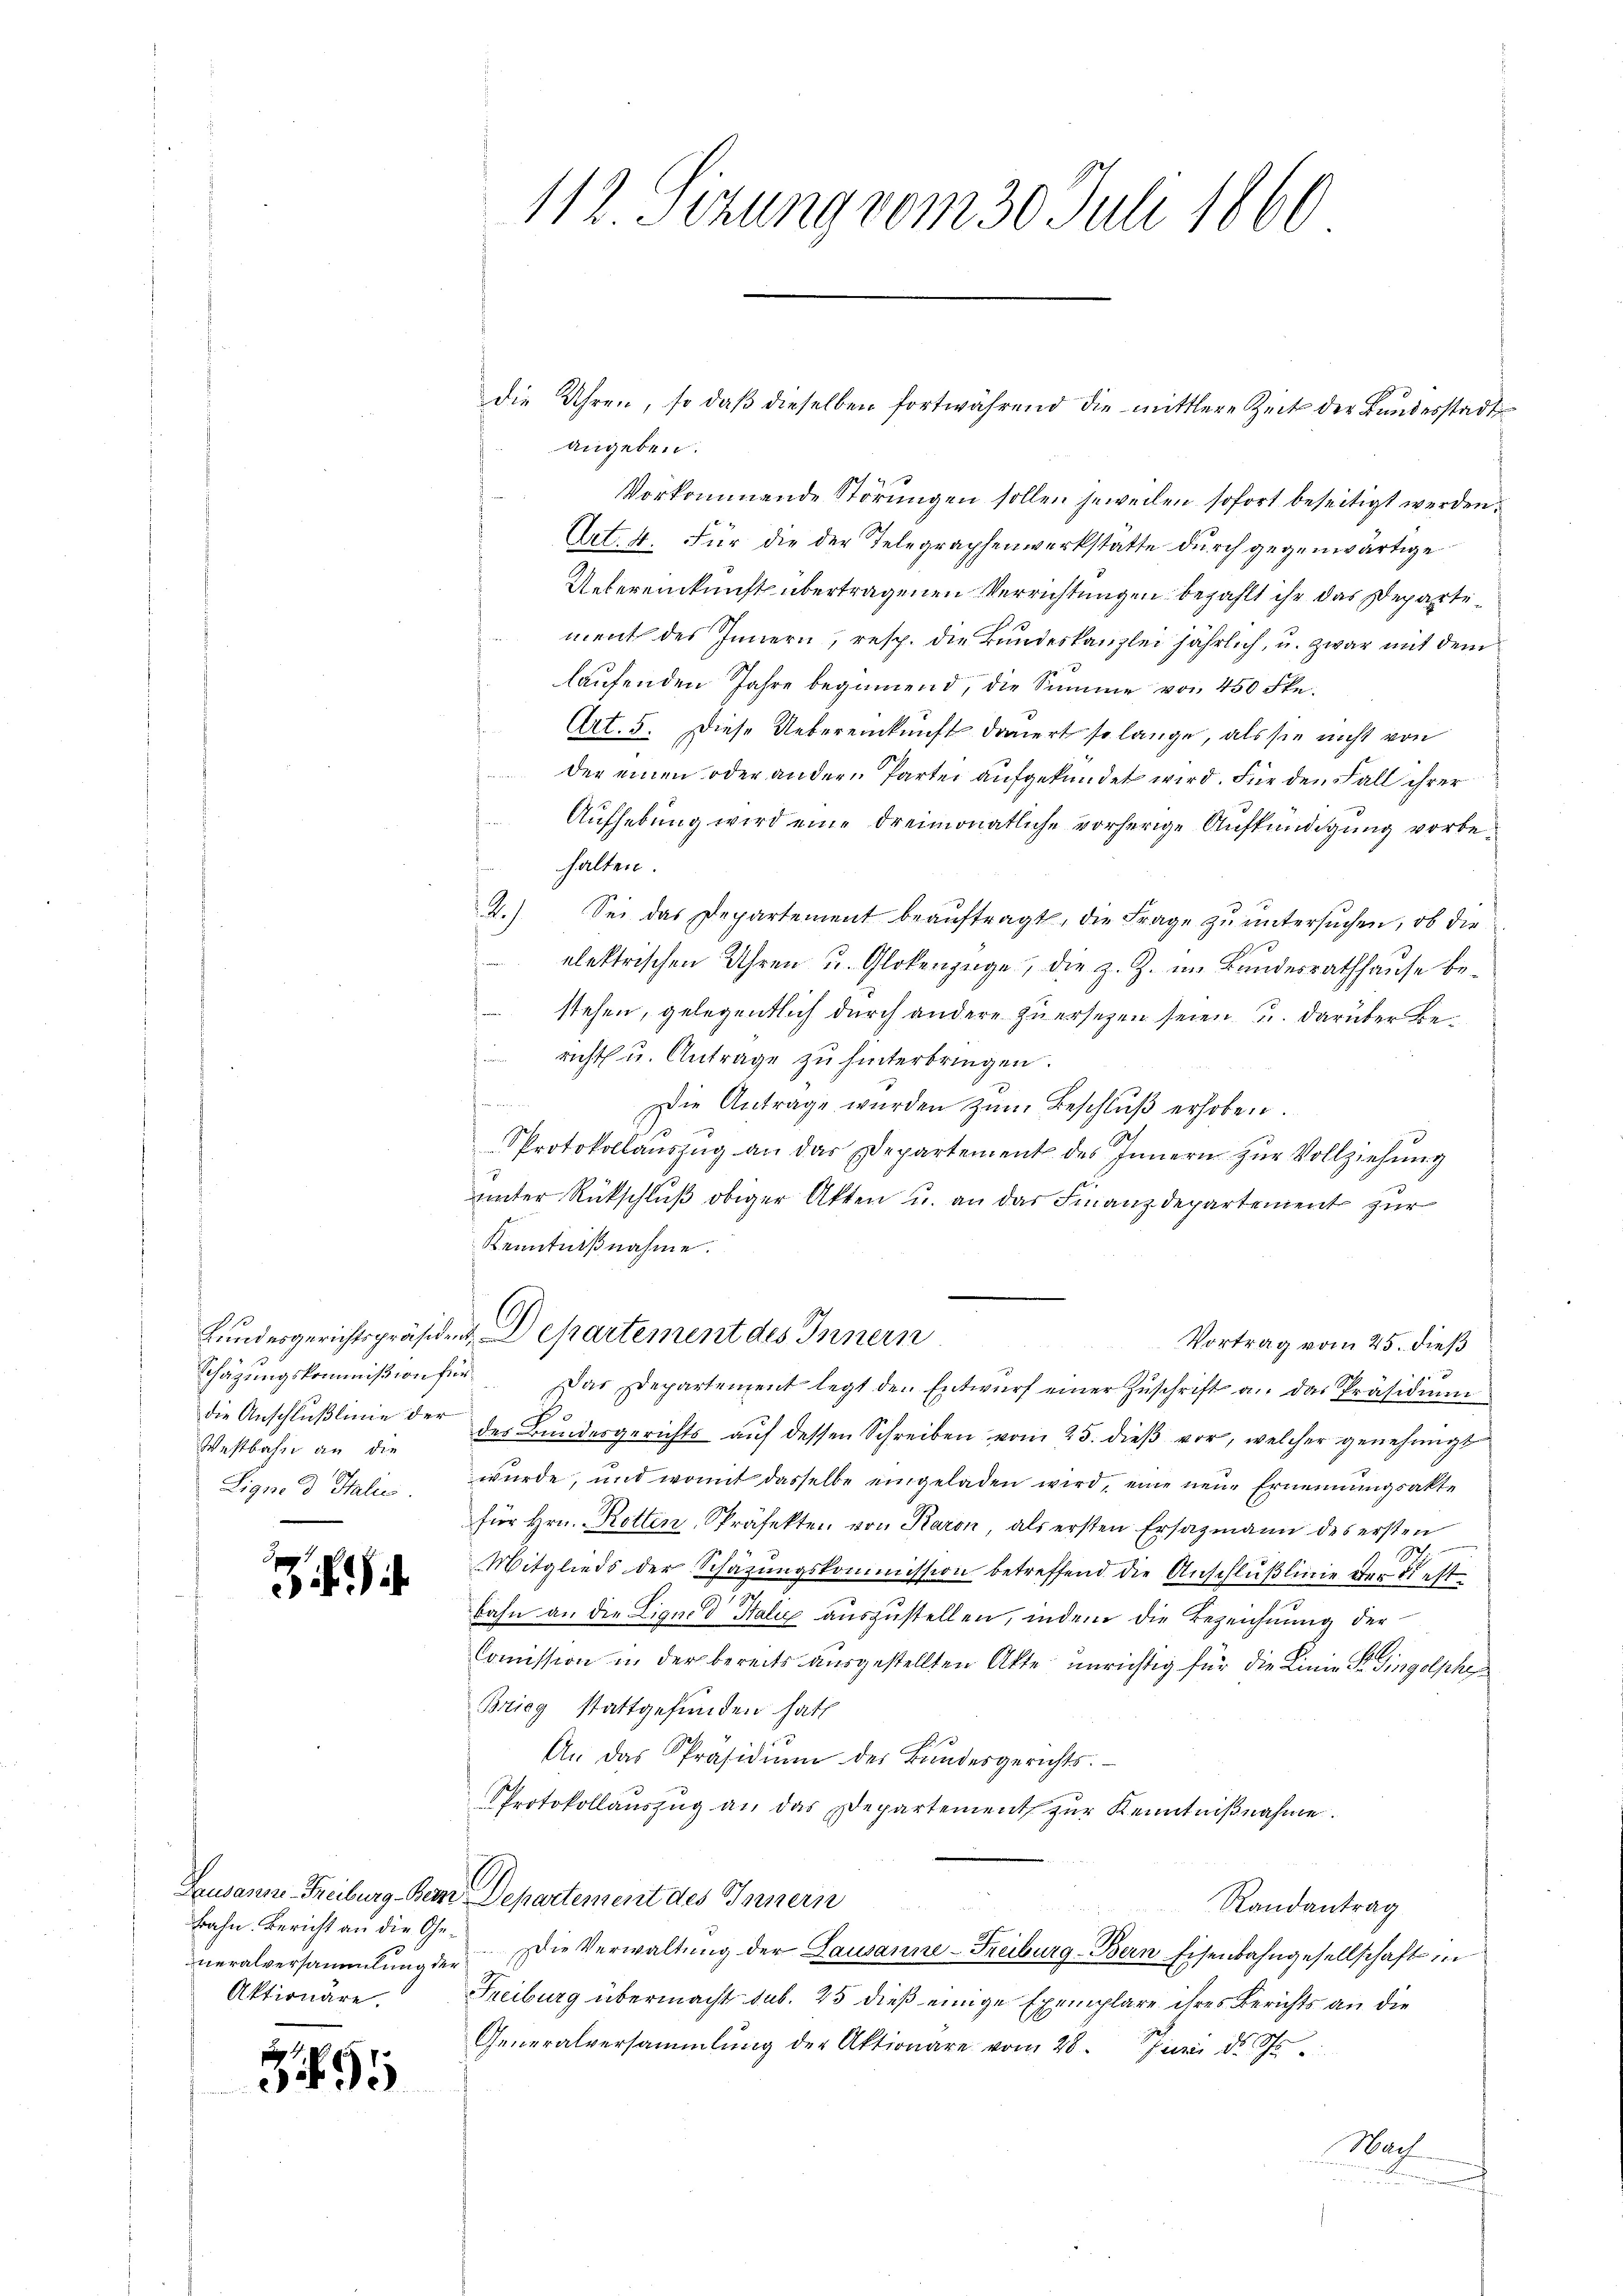
1
Schazungskommißion für
die Anschlußlinie der
Westbahn an die
Signe d Italic.

Bahn. Bericht an die Generalversammlung der
Aktionäre.

9

112. Sizung vom 30. Juli 1860

angeben:
Vorkommende Störŭngen sollen jeweilen sofort beseitigt werden.
Art. 4. Für die der Telegraphenwerkstatte durch gegenwärtige
Uebereinkunft übertragenen Verrichtungen bezahlt ihr das Departe
ment des Innern, resp. die Bundeskanzlei jährlich, u. zwar mit dem
laufenden Jahre begannend, die Summe von 450 Fkn.
Art. 5. Diese Uebereinkunft dauert so lange, als sie nicht von
der einen oder andern Partei aufgekündet wird. Für den Fall ihrer
Aufhebung wird eine dreimonatliche vorherige Aufkündigung vorbehalten.
2.) Sei das Departement beaŭftragt, die Frage zŭ ŭntersŭchen, ob die
x
 elektrischen Uhren u. Glokenzüge, die z. Z. im Bundesrathhause bestehen, gelegentlich durch andere zuersetzen seien u. darüber Be¬
 richt u. Antrage zu hinterbringen.
e
Die Antrage wurden zŭm Beschlŭβ erhoben.
Protokollaŭszŭg an das Departement des Innern zŭr Vollziehŭng
unter Rückschluß obiger Akten u. an das Finanzdepartement zur
Kenntnißnahme.
Bundesgerichtspräsident Departement des Innern
Vortrag vom 25. dieß
Das Departement legt den Entwurf einer Zuschrift an das Präsidium
A
des Bundesgerichts auf dessen Schreiben vom 25. dieß vor, welcher genehmigt
wurde, und womit dasselbe eingeladen wird, eine neue Ernennungsakte
für hrn. Rotten, Präfekten von Raron als ersten Ersatzmann des ersten
S
Mitglieds der Schazungskommission betreffend die Anschlußlinie der Fest¬
J
bahn an die Liquid Salić auszustellen, indem die Bezeichnung der
Coṁission in der bereits ausgestellten Akte unrichtig für die Linie St. Gingolphe
Brieg stattgefunden hat
2
An das Präsidiŭm des Bundesgerichts.
Protokollauszug an das Departement zur Kenntnißnahme.
Lausanne Freiburg - Bern Departement des Innern
Randantrag
Die Verwaltung der Lausanne-Freiburg-Bern Eisenbahngesellschaft in
Freiburg übermacht sub. 25 dieß einige Exemplare ihres Berichts an die
Generalversammlung der Aktionare vom 28. Junii d. d
Nach
n

die Uhren, so daβ dieselben fortwährend die mittlere Zeit der Bŭndesstadt